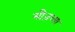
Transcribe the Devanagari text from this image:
मौजच्या